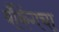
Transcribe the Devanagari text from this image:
बँकिंगचा